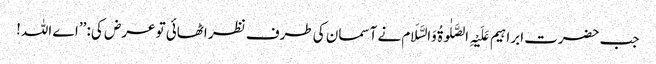
جب حضرت ابراہیم عَلَیْہِ الصَّلٰوۃُ وَالسَّلَام نے آسمان کی طرف نظر اٹھائی تو عرض کی: ’’اے اللہ!